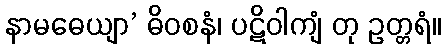
နာမဓေယျာ’ ဓိဝစနံ၊ ပဋိဝါကျံ တု ဥတ္တရံ။